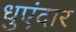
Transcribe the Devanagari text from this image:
धुएंदार